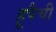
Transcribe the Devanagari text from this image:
हूपैची